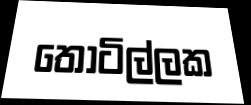
තොටිල්ලක